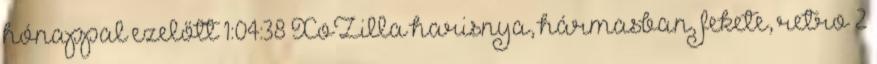
hónappal ezelőtt 1:04:38 XoZilla harisnya, hármasban, fekete, retro 2